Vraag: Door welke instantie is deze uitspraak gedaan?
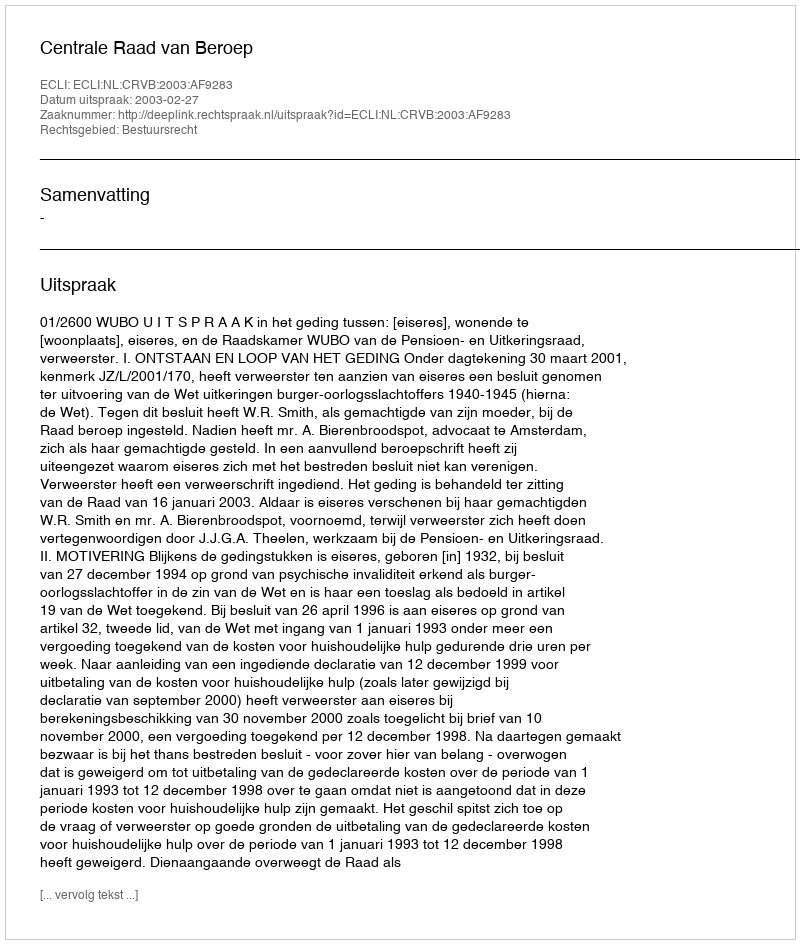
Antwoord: Centrale Raad van Beroep